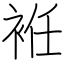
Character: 袵